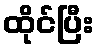
ထိုင်ပြီး